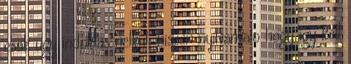
csak ugy indoklas nelkul, hiszen nyilvanvalo hogy igy kell